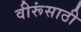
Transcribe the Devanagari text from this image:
वीरूंसाठी